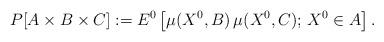
LaTeX: \begin{align*}P[A\times B\times C]:=E^0\left[\mu(X^0,B)\, \mu(X^0,C);\, X^0\in A\right].\end{align*}